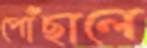
পোঁছালে